Indian journal of veterinary science and animal husbandry - Volume 11,
Year: 1941
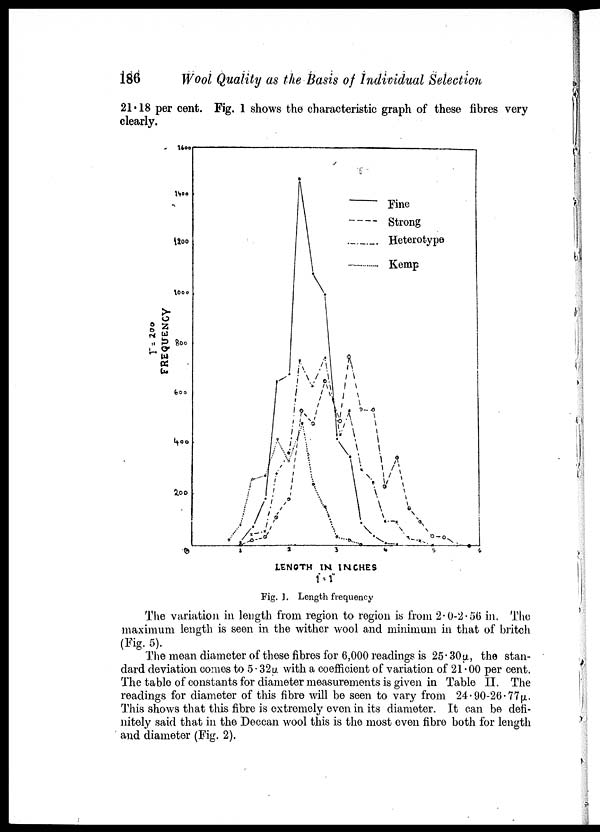
186
Wool Quality as the Basis of Individual Selection
21.18 per cent. Fig. 1 shows the characteristic graph of these fibres very
clearly.
Fig. 1. Length frequency
The variation in length from region to region is from 2.0-2.56 in. The
maximum length is seen in the wither wool and minimum in that of britch
(Fig. 5).
The mean diameter of these fibres for 6,000 readings is 25.30µ, the stan-
dard deviation comes to 5.32 µ with a coefficient of variation of 21.00 per cent.
The table of constants for diameter measurements is given in Table II. The
readings for diameter of this fibre will be seen to vary from 24.90-26.77µ.
This shows that this fibre is extremely even in its diameter. It can be defi-
nitely said that in the Deccan wool this is the most even fibre both for length
and diameter (Fig. 2).